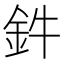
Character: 鈝